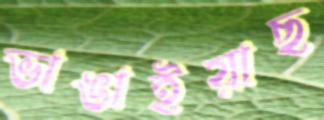
ভাঙাইয়াছ